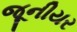
જૂનીયર